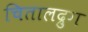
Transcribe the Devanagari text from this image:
चितालद्रुग